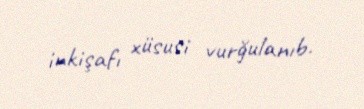
inkişafı xüsusi vurğulanıb.